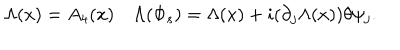
LaTeX: \Lambda ( x ) = A _ { 4 } ( x ) \quad \Lambda ( \Phi _ { s } ) = \Lambda ( x ) + i ( \partial _ { j } \Lambda ( x ) ) \theta \psi _ { j } .